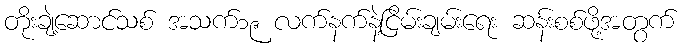
တိုးချဲ့ဆောင်သစ် အသက်၁၉ လက်နက်နဲ့ငြိမ်းချမ်းရေး ဆန်းစစ်ဖို့အတွက်